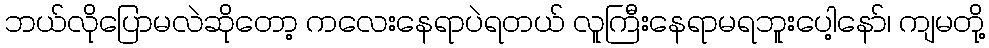
ဘယ်လိုပြောမလဲဆိုတော့ ကလေးနေရာပဲရတယ် လူကြီးနေရာမရဘူးပေါ့နော်၊ ကျမတို့